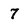
Character: 7